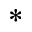
*